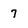
Character: 7